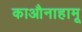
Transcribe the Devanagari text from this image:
काऔनाहामू